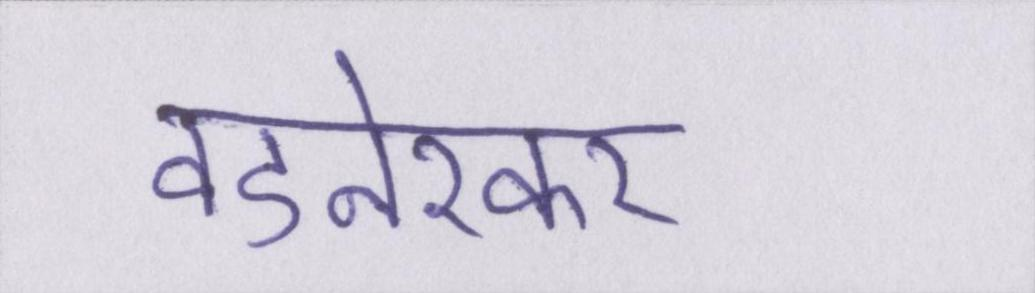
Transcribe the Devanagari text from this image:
वडनेरकर